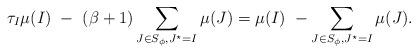
LaTeX: \begin{align*} \tau_I \mu(I) \ -\ (\beta+1)\sum_{J\in S_\phi, J^\star=I}\mu(J) = \mu(I) \ - \sum_{J\in S_\phi, J^\star=I}\mu(J).\end{align*}